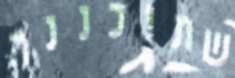
שתוכננה